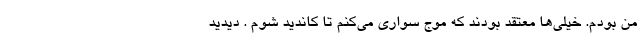
من بودم. خیلی‌ها معتقد بودند که موج سواری می‌کنم تا کاندید شوم . دیدید